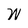
Character: W